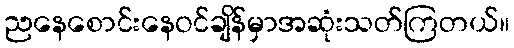
ညနေစောင်းနေဝင်ချိန်မှာအဆုံးသတ်ကြတယ်။